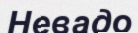
Невадо